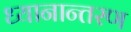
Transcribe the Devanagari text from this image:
ध्यानान्तरण